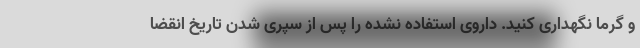
و گرما نگهداری کنید. داروی استفاده نشده را پس از سپری شدن تاریخ انقضا